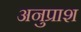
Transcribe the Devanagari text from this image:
अनुप्राश